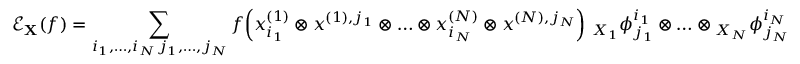
\mathcal { E } _ { \mathbf { X } } ( f ) = \sum _ { \substack { i _ { 1 } , \ldots , i _ { N } \, j _ { 1 } , \ldots , j _ { N } } } f \! \left( x _ { i _ { 1 } } ^ { ( 1 ) } \otimes x ^ { ( 1 ) , j _ { 1 } } \otimes \ldots \otimes x _ { i _ { N } } ^ { ( N ) } \otimes x ^ { ( N ) , j _ { N } } \right) \, { _ { X _ { 1 } } \phi _ { j _ { 1 } } ^ { i _ { 1 } } } \otimes \ldots \otimes { _ { X _ { N } } \phi _ { j _ { N } } ^ { i _ { N } } }